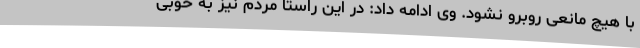
با هیچ مانعی روبرو نشود. وی ادامه داد: در این راستا مردم نیز به خوبی